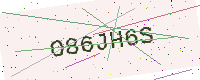
Text: O86JH6S